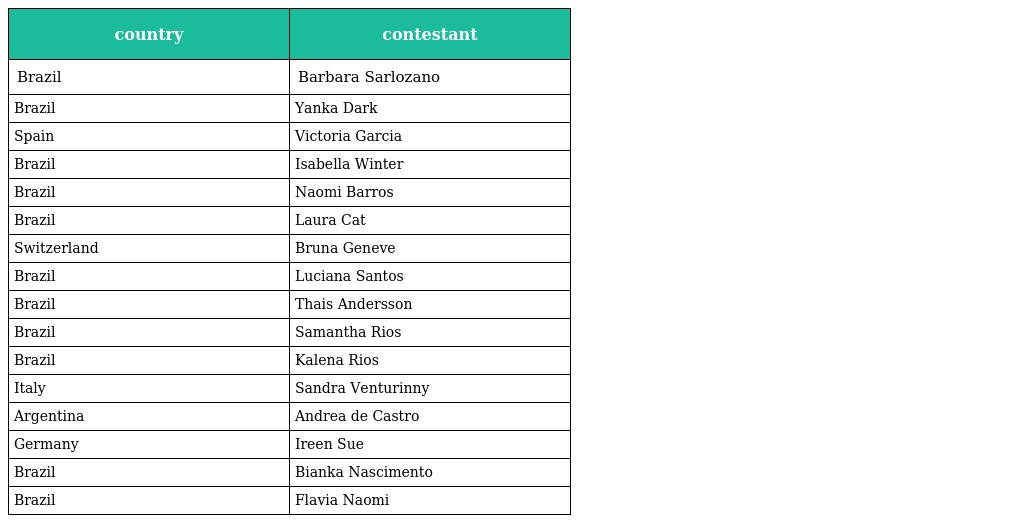
| country | contestant |
 | --- | --- |
 | Brazil | Barbara Sarlozano |
 | Brazil | Yanka Dark |
 | Spain | Victoria Garcia |
 | Brazil | Isabella Winter |
 | Brazil | Naomi Barros |
 | Brazil | Laura Cat |
 | Switzerland | Bruna Geneve |
 | Brazil | Luciana Santos |
 | Brazil | Thais Andersson |
 | Brazil | Samantha Rios |
 | Brazil | Kalena Rios |
 | Italy | Sandra Venturinny |
 | Argentina | Andrea de Castro |
 | Germany | Ireen Sue |
 | Brazil | Bianka Nascimento |
 | Brazil | Flavia Naomi |